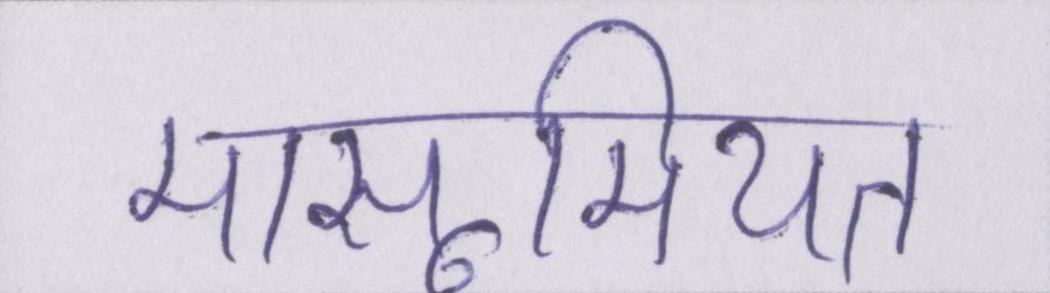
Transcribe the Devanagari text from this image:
मासूमियत